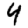
Digit: 4